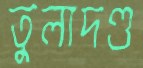
তুলাদণ্ড